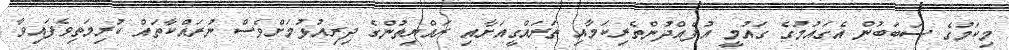
މިކަމުގެ ސަބަބުން އެގައުމުގެ ގައުމީ އުފެއްދުންތެރިކަމާއި ތަރައްގީއަށާއި ރައްޔިތުންގެ ދިރިއުޅުމަށްވެސް ނުރައްކާތައް ކުރިމަތިވެފައިވާ